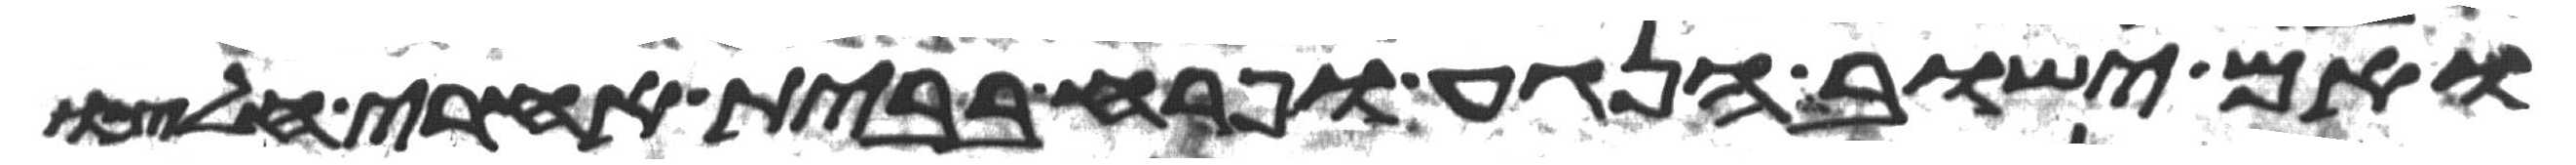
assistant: ואם ישוב הנגע ופרח בבית אחרי חלצו